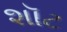
શૉટ